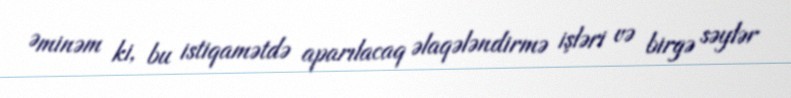
Əminəm ki, bu istiqamətdə aparılacaq əlaqələndirmə işləri və birgə səylər